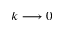
k \longrightarrow 0